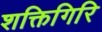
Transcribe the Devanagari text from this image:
शक्तिगिरि